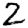
Digit: 2